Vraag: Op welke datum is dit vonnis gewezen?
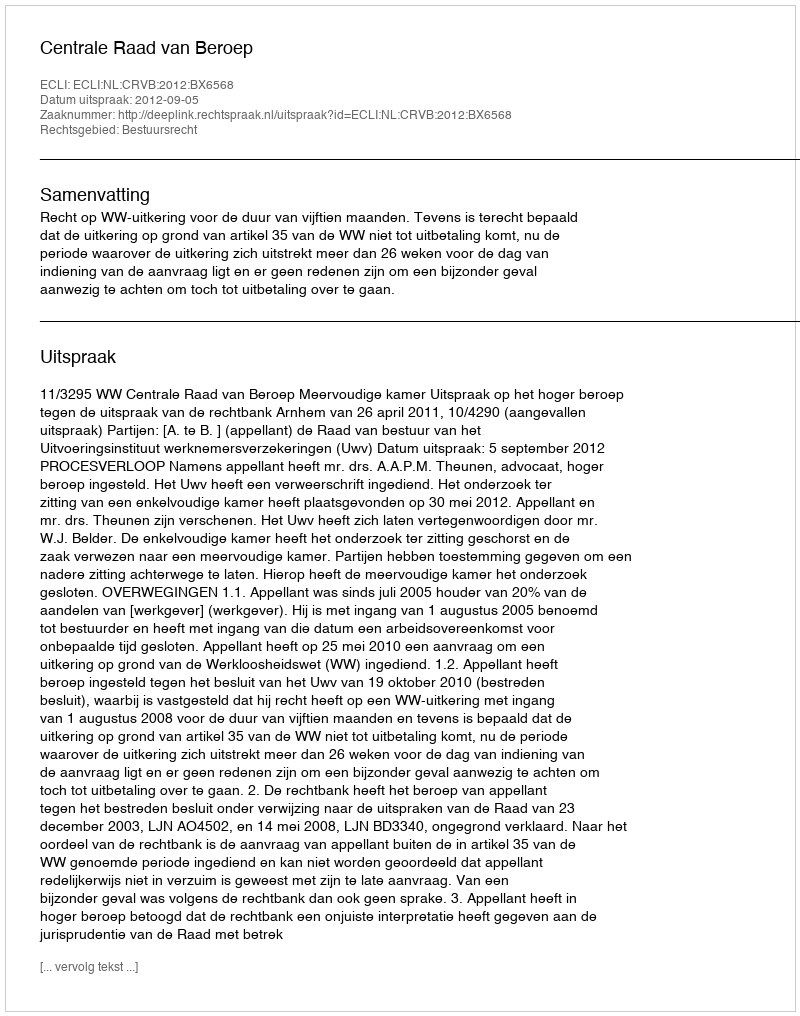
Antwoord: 2012-09-05